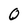
Character: O